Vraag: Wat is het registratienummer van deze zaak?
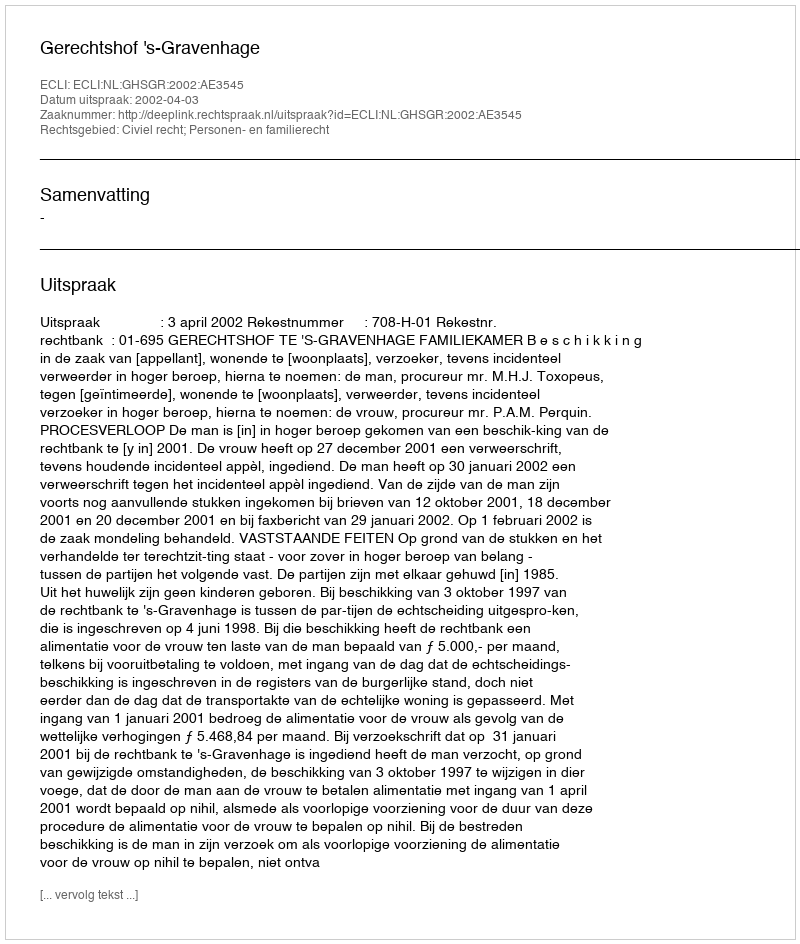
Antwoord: http://deeplink.rechtspraak.nl/uitspraak?id=ECLI:NL:GHSGR:2002:AE3545